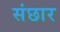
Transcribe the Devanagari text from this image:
संछार